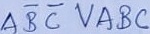
Text: ABCVABC